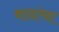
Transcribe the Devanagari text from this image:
वादांचा